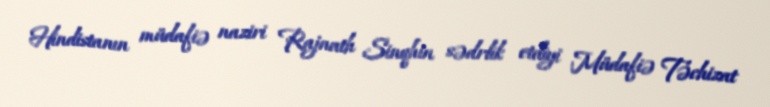
Hindistanın müdafiə naziri Rajnath Sinqhin sədrlik etdiyi Müdafiə Təchizat